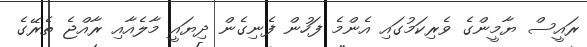
ރައީސް ޔާމީންގެ ވެރިކަމުގައި އެންމެ ފަހުން ފެނިގެން ދިޔައީ މާލެއާއި ރާއްޖެ ތެރޭގެ